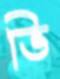
ভি